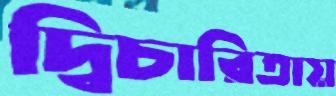
দ্বিচারিতায়